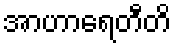
အာဟာရေတီတိ